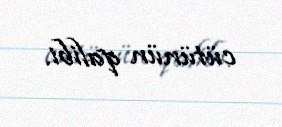
cütünün qalibi.